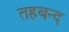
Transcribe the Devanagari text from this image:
तहबन्द